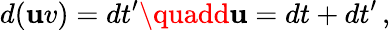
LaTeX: d(\mathbf{u}v)=dt^{\prime}\quadd\mathbf{u}=dt+dt^{\prime}\, ,